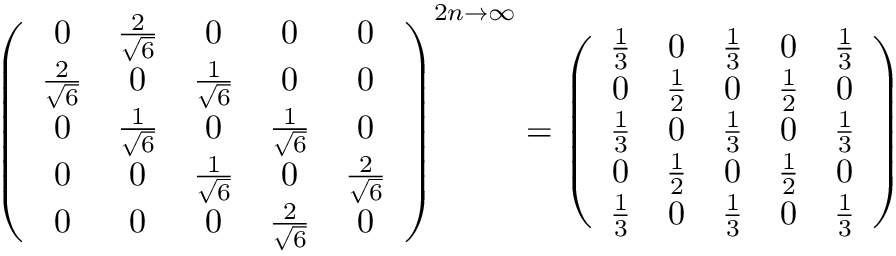
\left( \begin{array} { c c c c c } { { 0 } } & { { \frac 2 { \sqrt { 6 } } } } & { { 0 } } & { { 0 } } & { { 0 } } \\ { { \frac 2 { \sqrt { 6 } } } } & { { 0 } } & { { \frac 1 { \sqrt { 6 } } } } & { { 0 } } & { { 0 } } \\ { { 0 } } & { { \frac 1 { \sqrt { 6 } } } } & { { 0 } } & { { \frac 1 { \sqrt { 6 } } } } & { { 0 } } \\ { { 0 } } & { { 0 } } & { { \frac 1 { \sqrt { 6 } } } } & { { 0 } } & { { \frac 2 { \sqrt { 6 } } } } \\ { { 0 } } & { { 0 } } & { { 0 } } & { { \frac 2 { \sqrt { 6 } } } } & { { 0 } } \end{array} \right) ^ { 2 n \rightarrow \infty } = \left( \begin{array} { c c c c c } { { \frac 1 3 } } & { { 0 } } & { { \frac 1 3 } } & { { 0 } } & { { \frac 1 3 } } \\ { { 0 } } & { { \frac 1 2 } } & { { 0 } } & { { \frac 1 2 } } & { { 0 } } \\ { { \frac 1 3 } } & { { 0 } } & { { \frac 1 3 } } & { { 0 } } & { { \frac 1 3 } } \\ { { 0 } } & { { \frac 1 2 } } & { { 0 } } & { { \frac 1 2 } } & { { 0 } } \\ { { \frac 1 3 } } & { { 0 } } & { { \frac 1 3 } } & { { 0 } } & { { \frac 1 3 } } \end{array} \right)